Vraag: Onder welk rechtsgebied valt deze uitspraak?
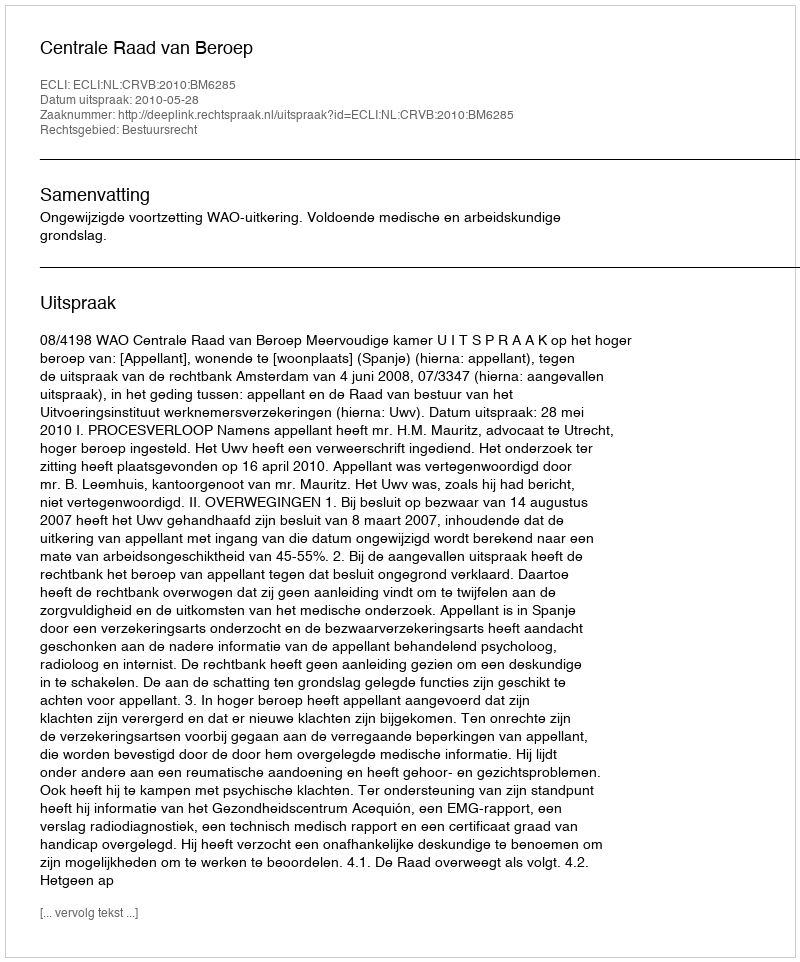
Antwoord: Bestuursrecht